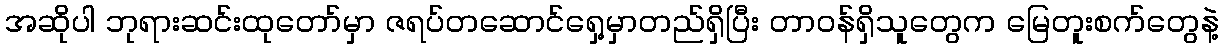
အဆိုပါ ဘုရားဆင်းထုတော်မှာ ဇရပ်တဆောင်ရှေ့မှာတည်ရှိပြီး တာဝန်ရှိသူတွေက မြေတူးစက်တွေနဲ့